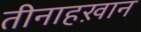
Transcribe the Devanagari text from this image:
तीनाहख़ान